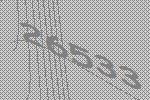
26533